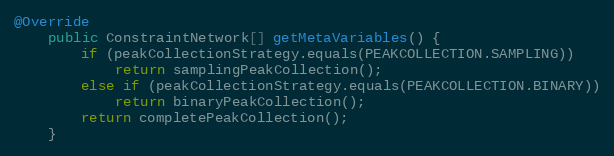
Language: Java
@Override
	public ConstraintNetwork[] getMetaVariables() {
		if (peakCollectionStrategy.equals(PEAKCOLLECTION.SAMPLING))
			return samplingPeakCollection();
		else if (peakCollectionStrategy.equals(PEAKCOLLECTION.BINARY))
			return binaryPeakCollection();
		return completePeakCollection();
	}